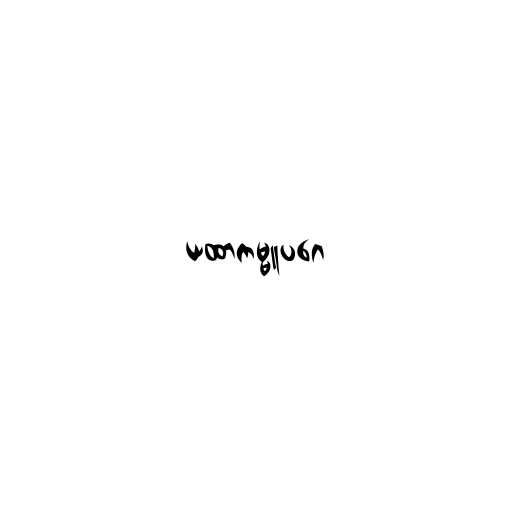
ယထာကမ္မူပဂေ